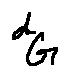
d _ { G }